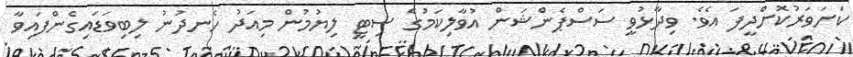
ކަށަވަރުކޮށްދީފަ އެވެ. ވިދާޅުވީ ސަސްޕެންޝަން އުވާލިކަމުގެ ސިޓީ ލިޔުމުން މިއަދު ހެނދުނު ލިބިވަޑައިގެންފައިވާ